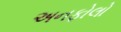
અનફોલો